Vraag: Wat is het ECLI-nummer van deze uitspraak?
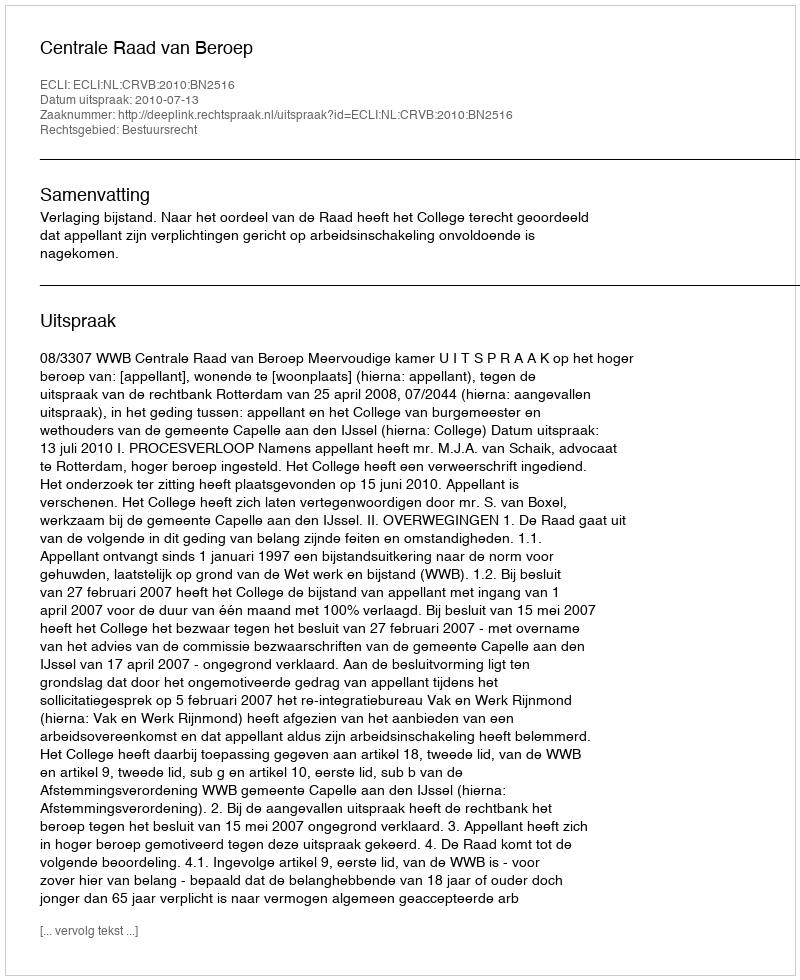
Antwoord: ECLI:NL:CRVB:2010:BN2516